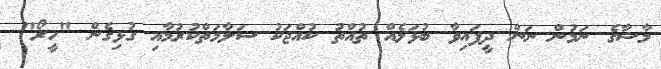
މާޝާގެ ނަމުން ނަން ދީފައިވާ ބުޅަލެއް ތުއްތު ކުއްޖަކު ސަލާމަތްކުރުމާއި ގުޅިގެން "ހީރޯ"